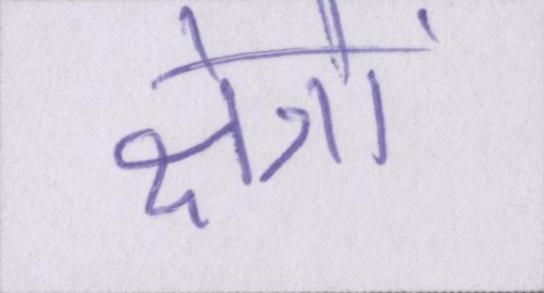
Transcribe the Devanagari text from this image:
क्षेत्रों